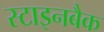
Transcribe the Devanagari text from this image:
स्टाइनबैक